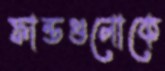
ফান্ডগুলোকে